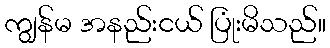
ကျွန်မ အနည်းငယ် ပြုံးမိသည်။